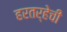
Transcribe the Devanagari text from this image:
हरतर्‍हेची